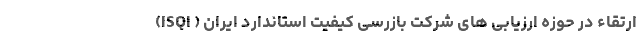
ارتقاء در حوزه ارزیابی های شرکت بازرسی کیفیت استاندارد ایران ( ISQI)